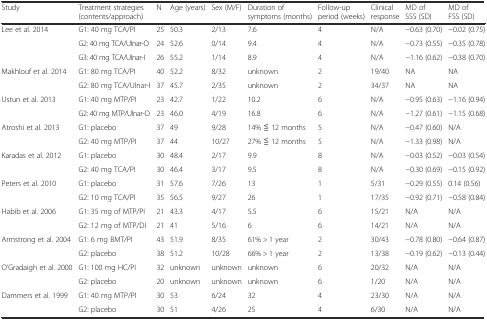
<table><thead><tr><td><b>Study</b></td><td><b>Treatment strategies (contents/approach)</b></td><td><b>N</b></td><td><b>Age (years)</b></td><td><b>Sex (M/F)</b></td><td><b>Duration of symptoms (months)</b></td><td><b>Follow-up period (weeks)</b></td><td><b>Clinical response</b></td><td><b>MD of SSS (SD)</b></td><td><b>MD of FSS (SD)</b></td></tr></thead><tbody><tr><td rowspan="3">Lee et al. 2014</td><td>G1: 40 mg TCA/PI</td><td>25</td><td>50.3</td><td>2/13</td><td>7.6</td><td>4</td><td>N/A</td><td>−0.63 (0.70)</td><td>−0.02 (0.75)</td></tr><tr><td>G2: 40 mg TCA/UInar-O</td><td>24</td><td>52.6</td><td>0/14</td><td>9.4</td><td>4</td><td>N/A</td><td>−0.73 (0.55)</td><td>−0.35 (0.78)</td></tr><tr><td>G3: 40 mg TCA/UInar-I</td><td>26</td><td>55.2</td><td>1/14</td><td>8.9</td><td>4</td><td>N/A</td><td>−1.16 (0.62)</td><td>−0.38 (0.70)</td></tr><tr><td rowspan="2">Makhlouf et al. 2014</td><td>G1: 80 mg TCA/PI</td><td>40</td><td>52.2</td><td>8/32</td><td>unknown</td><td>2</td><td>19/40</td><td>NA</td><td>NA</td></tr><tr><td>G2: 80 mg TCA/Ulnar-I</td><td>37</td><td>45.7</td><td>2/35</td><td>unknown</td><td>2</td><td>34/37</td><td>NA</td><td>NA</td></tr><tr><td rowspan="2">Ustun et al. 2013</td><td>G1: 40 mg MTP/PI</td><td>23</td><td>42.7</td><td>1/22</td><td>10.2</td><td>6</td><td>N/A</td><td>−0.95 (0.63)</td><td>−1.16 (0.94)</td></tr><tr><td>G2: 40 mg MTP/Ulnar-O</td><td>23</td><td>46.0</td><td>4/19</td><td>16.8</td><td>6</td><td>N/A</td><td>−1.27 (0.61)</td><td>−1.15 (0.68)</td></tr><tr><td rowspan="2">Atroshi et al. 2013</td><td>G1: placebo</td><td>37</td><td>49</td><td>9/28</td><td>14% ≦ 12 months</td><td>5</td><td>N/A</td><td>−0.47 (0.60)</td><td>N/A</td></tr><tr><td>G2: 40 mg MTP/PI</td><td>37</td><td>44</td><td>10/27</td><td>27% ≦ 12 months</td><td>5</td><td>N/A</td><td>−1.33 (0.98)</td><td>N/A</td></tr><tr><td rowspan="2">Karadas et al. 2012</td><td>G1: placebo</td><td>30</td><td>48.4</td><td>2/17</td><td>9.9</td><td>8</td><td>N/A</td><td>−0.03 (0.52)</td><td>−0.03 (0.54)</td></tr><tr><td>G2: 40 mg TCA/PI</td><td>30</td><td>46.4</td><td>3/17</td><td>9.5</td><td>8</td><td>N/A</td><td>−0.30 (0.69)</td><td>−0.15 (0.92)</td></tr><tr><td rowspan="2">Peters et al. 2010</td><td>G1: placebo</td><td>31</td><td>57.6</td><td>7/26</td><td>13</td><td>1</td><td>5/31</td><td>−0.29 (0.55)</td><td>0.14 (0.56)</td></tr><tr><td>G2: 10 mg TCA/PI</td><td>35</td><td>56.5</td><td>9/27</td><td>26</td><td>1</td><td>17/35</td><td>−0.92 (0.71)</td><td>−0.58 (0.84)</td></tr><tr><td rowspan="2">Habib et al. 2006</td><td>G1: 35 mg of MTP/PI</td><td>21</td><td>43.3</td><td>4/17</td><td>5.5</td><td>6</td><td>15/21</td><td>N/A</td><td>N/A</td></tr><tr><td>G2: 12 mg of MTP/DI</td><td>21</td><td>41</td><td>5/16</td><td>6</td><td>6</td><td>14/21</td><td>N/A</td><td>N/A</td></tr><tr><td rowspan="2">Armstrong et al. 2004</td><td>G1: 6 mg BMT/PI</td><td>43</td><td>51.9</td><td>8/35</td><td>61% &gt; 1 year</td><td>2</td><td>30/43</td><td>−0.78 (0.80)</td><td>−0.64 (0.87)</td></tr><tr><td>G2: placebo</td><td>38</td><td>51.2</td><td>10/28</td><td>66% &gt; 1 year</td><td>2</td><td>13/38</td><td>−0.19 (0.62)</td><td>−0.13 (0.44)</td></tr><tr><td rowspan="2">O’Gradaigh et al. 2000</td><td>G1: 100 mg HC/PI</td><td>32</td><td>unknown</td><td>unknown</td><td>unknown</td><td>6</td><td>20/32</td><td>N/A</td><td>N/A</td></tr><tr><td>G2: placebo</td><td>20</td><td>unknown</td><td>unknown</td><td>unknown</td><td>6</td><td>1/20</td><td>N/A</td><td>N/A</td></tr><tr><td rowspan="2">Dammers et al. 1999</td><td>G1: 40 mg MTP/PI</td><td>30</td><td>53</td><td>6/24</td><td>32</td><td>4</td><td>23/30</td><td>N/A</td><td>N/A</td></tr><tr><td>G2: placebo</td><td>30</td><td>51</td><td>4/26</td><td>25</td><td>4</td><td>6/30</td><td>N/A</td><td>N/A</td></tr></tbody></table>